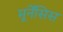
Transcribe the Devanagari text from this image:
मूर्नेंसिस